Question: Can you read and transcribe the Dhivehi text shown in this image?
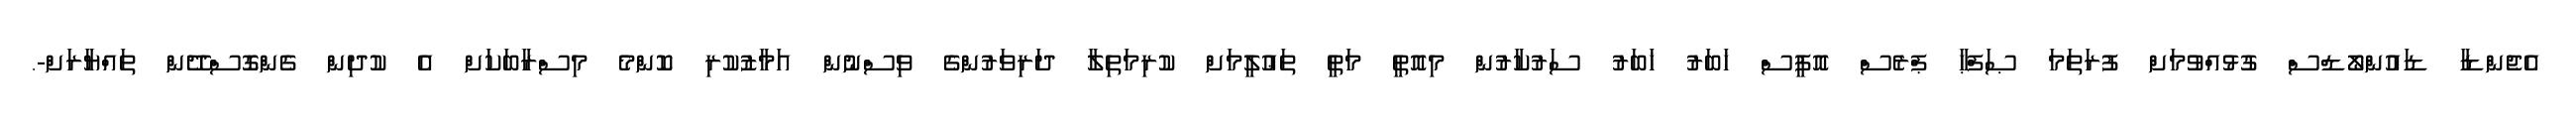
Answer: އެޖެންޑާ ޑައުންލޯޑްސް ގުޅުއްވުމަށް ފުރަތަމަ ޞަފްޙާ ޕްރެސް އޮފީސް ޚަބަރު ޚަބަރު ސަރުކާރުން މިއޮތީ މަތީ ތަޢުލީމަށް ކުރިމަތިލާ ދަރިވަރުންގެ ވިސްނުން އަމާޒުކުރި ކޮންމެ މިސްރާބަކަށް އެ ކުދިން ގެންގޮސްދޭން ތައްޔާރަށް-.